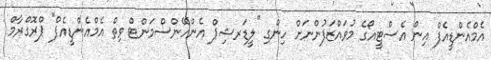
އެމްއެންޑީއެފް އިން އެސްޓީއޯގެ މުވައްޒަފުންނަށް ހިންގި "ލީޑަރޝިޕް އެންހޭންސްމަންޓް ވިތް އެމްއެންޑީއެފް" ޕްރޮގްރާމް